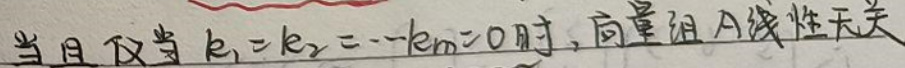
当且仅当$k_1 = k_2=\cdots k_m = 0$时,向量组A线性无关